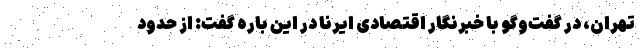
تهران، در گفت‌وگو با خبرنگار اقتصادی ایرنا در این باره گفت: از حدود